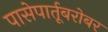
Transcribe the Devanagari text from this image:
पासेपार्तूबरोबर